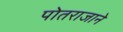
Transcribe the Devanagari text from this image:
पोतराजाने